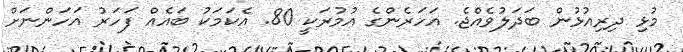
މުޅި ދިރިއުޅުން ބަދަލުވެއްޖެ. އަހަރެންގެ އުމުރަކީ 80. އެކަމަކު ބައެއް ފަހަރު އަހަންނަށް